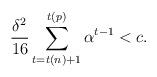
LaTeX: \begin{align*}\frac{\delta^2}{16}\sum_{t=t(n)+1}^{t(p)}\alpha^{t-1}< c.\end{align*}